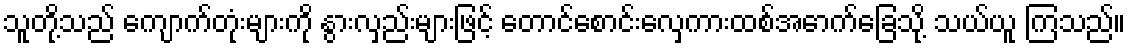
သူတို့သည် ကျောက်တုံးများကို နွားလှည်းများဖြင့် တောင်စောင်းလှေကားထစ်အောက်ခြေသို့ သယ်ယူ ကြသည်။